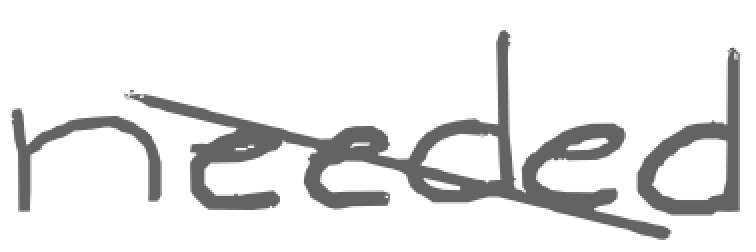
Text: needed
Cross-out: diagonal
Writing tool: digital_gray